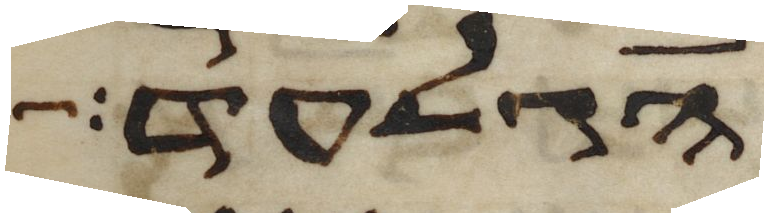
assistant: הגלעד